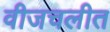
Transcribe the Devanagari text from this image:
वीजचलीत